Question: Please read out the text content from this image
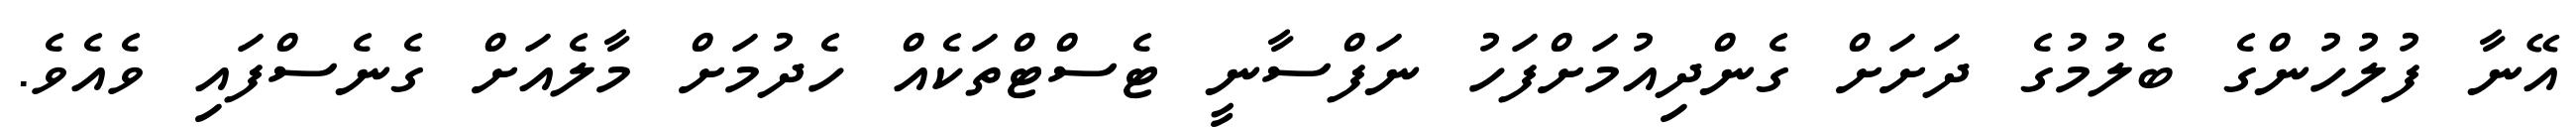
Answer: އޭނާ ފުލުހުންގެ ބެލުމުގެ ދަށަށް ގެންދިއުމަށްފަހު ނަފްސާނީ ޓެސްޓްތަކެއް ހެދުމަށް މާލެއަށް ގެނެސްފައި ވެއެވެ.